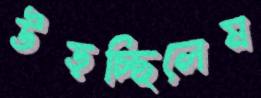
উড়চ্ছিলেম